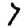
Digit: 7